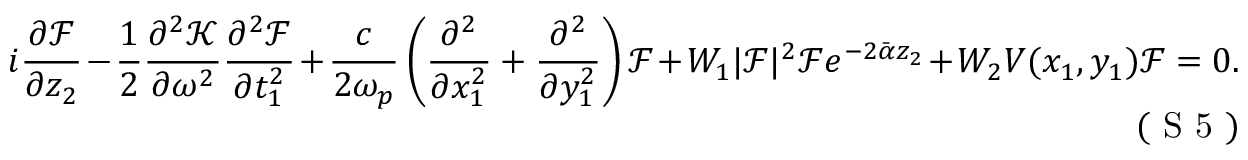
i \frac { \partial \mathcal { F } } { \partial z _ { 2 } } - \frac { 1 } { 2 } \frac { \partial ^ { 2 } \mathcal { K } } { \partial \omega ^ { 2 } } \frac { \partial ^ { 2 } \mathcal { F } } { \partial t _ { 1 } ^ { 2 } } + \frac { c } { 2 \omega _ { p } } \left( \frac { \partial ^ { 2 } } { \partial x _ { 1 } ^ { 2 } } + \frac { \partial ^ { 2 } } { \partial y _ { 1 } ^ { 2 } } \right) \mathcal { F } + W _ { 1 } | \mathcal { F } | ^ { 2 } \mathcal { F } e ^ { - 2 \bar { \alpha } z _ { 2 } } + W _ { 2 } V ( x _ { 1 } , y _ { 1 } ) \mathcal { F } = 0 . \eqno { ( \textrm { S 5 } ) }